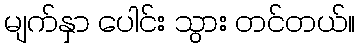
မျက်နှာ ပေါင်း သွား တင်တယ်။